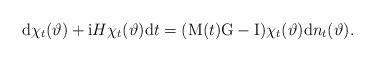
LaTeX: \begin{align*}\mathrm{d}\chi_t(\vartheta)+\mathrm{i}H\chi_t(\vartheta)\mathrm{d}t= (\mathrm{M}(t)\mathrm{G}-\mathrm{I})\chi_t(\vartheta)\mathrm{d}n_t(\vartheta).\end{align*}